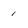
Character: 1